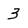
Character: 3